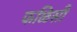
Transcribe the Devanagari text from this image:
फळिसी